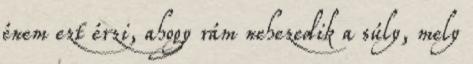
énem ezt érzi, ahogy rám nehezedik a súly, mely